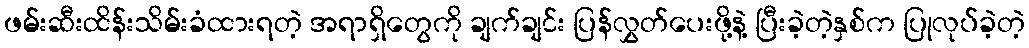
ဖမ်းဆီးထိန်းသိမ်းခံထားရတဲ့ အရာရှိတွေကို ချက်ချင်း ပြန်လွှတ်ပေးဖို့နဲ့ ပြီးခဲ့တဲ့နှစ်က ပြုလုပ်ခဲ့တဲ့